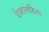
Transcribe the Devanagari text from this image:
टेकनादित्य